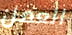
العمل